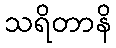
သရိတာနိ